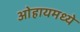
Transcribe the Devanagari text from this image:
ओहायमध्ये